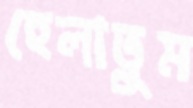
হেলাতুম